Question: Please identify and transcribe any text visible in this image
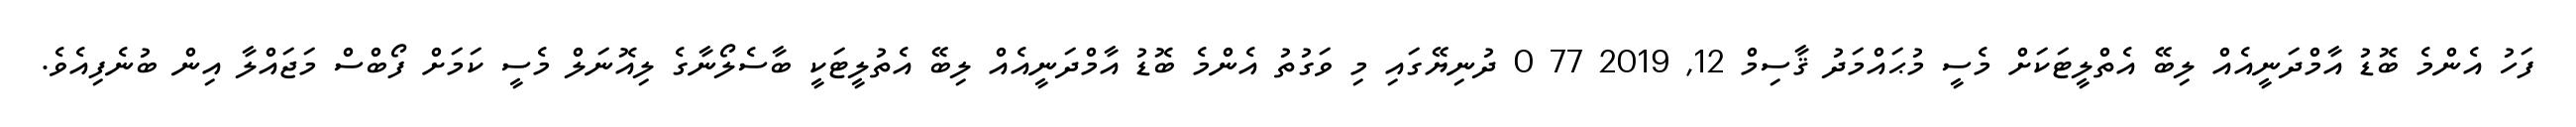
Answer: ފަހު އެންމެ ބޮޑު އާމްދަނީއެއް ލިބޭ އެތްލީޓަކަށް މެސީ މުޙައްމަދު ޤާސިމް 12, 2019 77 0 ދުނިޔޭގައި މި ވަގުތު އެންމެ ބޮޑު އާމްދަނީއެއް ލިބޭ އެތުލީޓަކީ ބާސެލޯނާގެ ލިއޮނަލް މެސީ ކަމަށް ފޯބްސް މަޖައްލާ އިން ބުނެފިއެވެ.